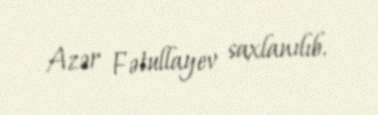
Azər Fətullayev saxlanılıb.